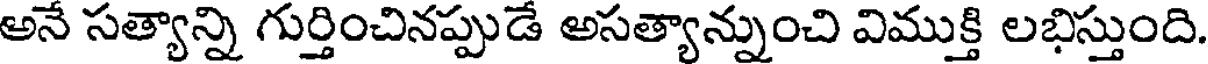
అనే సత్యాన్ని గుర్తించినప్పుడే అసత్యాన్నుంచి విముక్తి లభిస్తుంది.